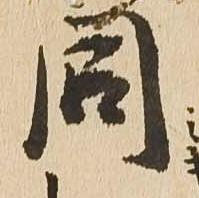
同